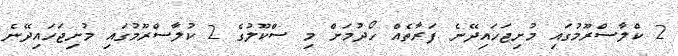
2 ކްލާސްރޫމުގައި މުށިޖަހައިދޭނެ ފަރާތެއް ހޯދުމަށް މި ސްކޫލުގެ 2 ކުލާސްރޫމުގައި މުށިޖަހައިދޭނެ